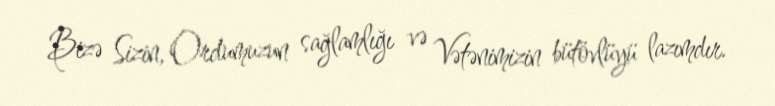
Bizə Sizin, Ordumuzun sağlamlığı və Vətənimizin bütövlüyü lazımdır.